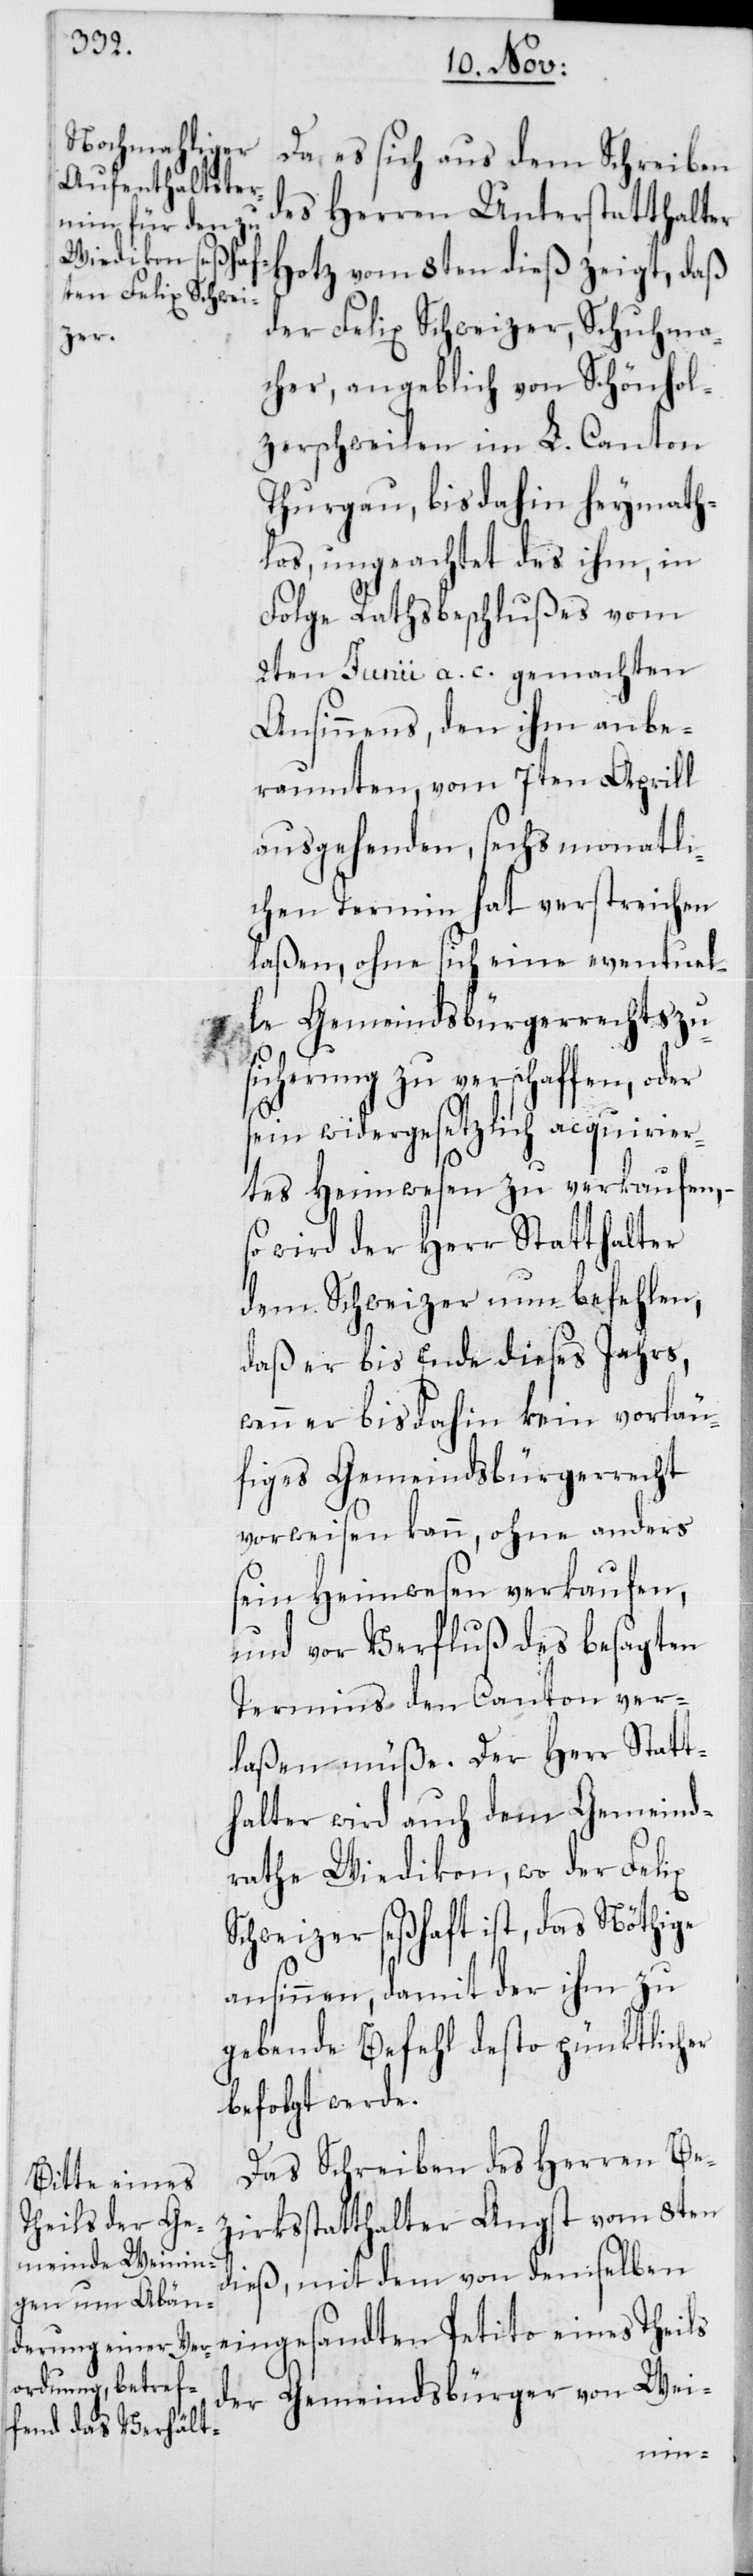
Da es sich aus dem Schreiben
des Herren Unterstatthalter
Hotz vom 8ten dieß zeigt, daß
der Felix Schweizer, Schuhma¬
cher, angeblich von Schönhol¬
zerschweilen im L. Canton
Thurgau, bis dahin heymath¬
los, ungeachtet des ihm, in
Folge Rathsbeschlußes vom
2ten Junii a. c. gemachten
Ansinnens, den ihm anbe¬
raumten, vom 7ten Aprill
ausgehenden, sechs monatli¬
chen Termin hat verstreichen
laßen, ohne sich eine eventuel¬
le Gemeindsbürgerrechtszu¬
sicherung zu verschaffen, oder
sein widergesetzlich acquirier¬
tes Heimwesen zu verkaufen,
so wird der Herr Statthalter
dem Schweizer nun befehlen,
daß er bis Ende dieses Jahrs,
wenn er bisdahin kein vorläu¬
figes Gemeindsbürgerrecht
vorweisen kann, ohne anders
sein Heimwesen verkaufen,
und vor Verfluß des besagten
Termins den Canton ver¬
laßen müße. Der Herr Statt¬
halter wird auch dem Gemeind¬
rathe Wiedikon, wo der Felix
Schweizer seßhaft ist, das Nöthige
ansinnen, damit der ihm zu
gebende Befehl desto pünktlicher
befolgt werde.
Das Schreiben des Herren Be¬
zirksstatthalter Angst vom 8ten
dieß, mit dem von demselben
eingesandten Petito eines Theils
der Gemeindsbürger von Wei-